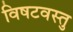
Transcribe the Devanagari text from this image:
विषटवस्तु